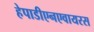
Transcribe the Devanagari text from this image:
हेपाडीएनएवायरस